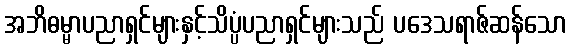
အဘိဓမ္မာပညာရှင်များနှင့်သိပ္ပံပညာရှင်များသည် ပဒေသရာဇ်ဆန်သော